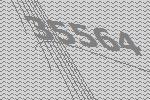
35564